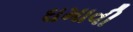
ઘમાવી